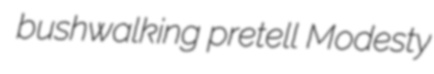
bushwalking pretell Modesty